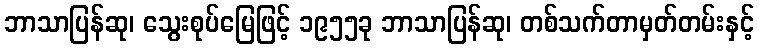
ဘာသာပြန်ဆု၊ သွေးစုပ်မြေဖြင့် ၁၉၅၅ခု ဘာသာပြန်ဆု၊ တစ်သက်တာမှတ်တမ်းနှင့်